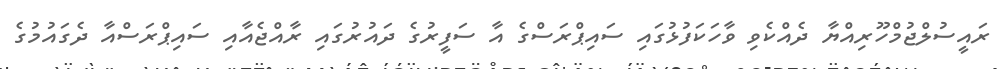
ރައީސުލްޖުމްހޫރިއްޔާ ދެއްކެވި ވާހަކަފުޅުގައި ސައިޕްރަސްގެ އާ ސަފީރުގެ ދައުރުގައި ރާއްޖެއާއި ސައިޕްރަސްއާ ދެގައުމުގެ